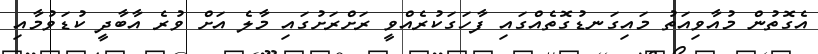
އެގޮތުން މުއާވިއަތު މައިގަނޑުގޮތެއްގައި ފާހަގަކުރެއްވީ ރަށްރަށުގައި މާލެ އަށް ވުރެ އާބާދީ ކުޑަވުމާއި